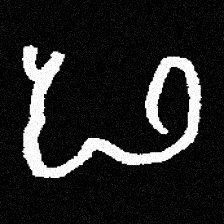
Pyu character \u2014 Myanmar letter: ဖ (romanized: pha)